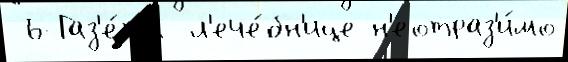
Ъ-Газ'е́та  л'ече́бн'ице н'еотраз'и́мо